system: You are a helpful assistant.
user:
Analyze the provided spectrum to determine if it is a **S-type Star**.

- **Key Indicators for S-type Star:**

    - **(Overall Spectrum Shape):** The first and most obvious characteristic is the overall continuum (the "baseline" shape). It is **extremely "red-sloping,"** meaning the flux (light intensity) is very low on the left side (blue, ~4000-4500 Å) and rises steeply and continuously toward the right side (red, ~7000 Å+).

    - **(Primary):** The spectrum is defined by the presence of strong, broad molecular absorption "valleys" (bands) from **Zirconium Oxide (ZrO)**. The identification of these bands is the **primary requirement** for classifying a star as S-type.
        - **(Key Bandheads):** You must find distinct, deep "dips" where the light has been absorbed. The most critical band systems to locate are:
            - **~6474 Å** ($\gamma$-system): This is often the strongest and clearest ZrO feature, found in the red part of the spectrum.
            - **~5718 Å** & **~5551 Å** ($\beta$-system): A pair of prominent absorption features in the yellow-orange part of the spectrum.
            - **~4640 Å** ($\alpha$-system): A key absorption band system in the blue-green region of the spectrum.

    - **(Secondary Confirmation):** The classification is strengthened by finding additional absorption bands from other related heavy element oxides, which are expected to be present alongside ZrO.
        - **(Key Bandheads):**
            - **Yttrium Oxide (YO):** Look for absorption dips near **~4800 Å** and **~6100 Å**.
            - **Lanthanum Oxide (LaO):** Additional absorption features, particularly in the red-orange part of the spectrum, are also characteristic.

    - **(Line Profile):** The combination of the steep red continuum and these numerous, deep molecular bands (ZrO, YO, etc.) gives the entire spectrum a very **"chopped-up"** or **"bumpy"** appearance. Instead of a smooth curve, the spectrum looks as though large, wide chunks of light have been "carved out" of it at the specific wavelengths listed above.

Think first, call **spectral_visualization_tool** if needed to examine features in detail, then provide your final answer. Your response must adhere to the following strict rules:
1.  **Overall Structure:** Your response must follow the format `<think>...</think> <tool_call>...</tool_call> (if a tool is used) <answer>...</answer>`.
2.  **Tool Usage Constraint:** You may only make **one** tool call per turn.
3.  **Final Answer Format:** In the `<answer>` tag, your conclusion must be inside a `\boxed{}` command (e.g., `\boxed{YES}` or `\boxed{NO}`), followed by your justification.

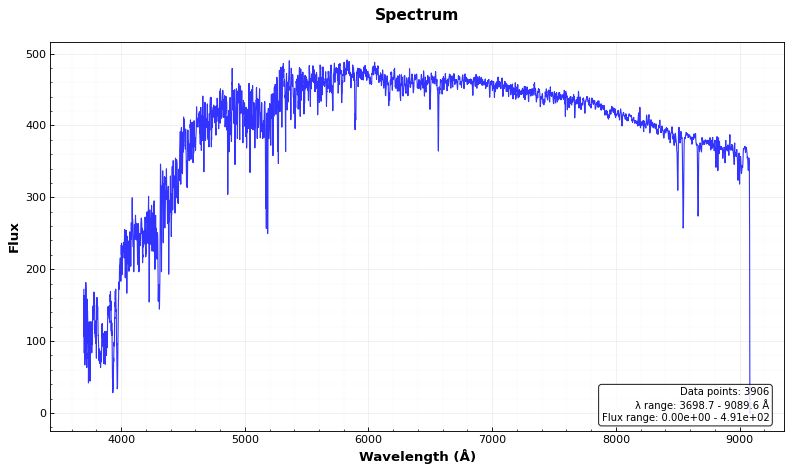
Answer: NO